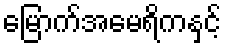
မြောက်အမေရိကနှင့်